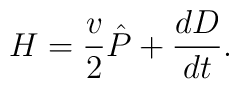
H={v\over 2}\hat{P}+{dD\over dt}.